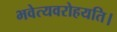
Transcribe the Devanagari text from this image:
भवेत्यवरोहयति।